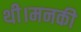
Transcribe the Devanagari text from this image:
थी।मनकी